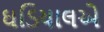
ઘડિયાલએ